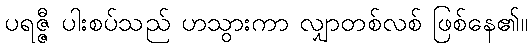
ပရဇ္ဇီ ပါးစပ်သည် ဟသွားကာ လျှာတစ်လစ် ဖြစ်နေ၏။